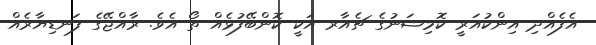
އެފެއްދި އިންކުއަރީ ކޮމިޝަނުގެ ޗެއާރ އަކީ ކޮންބޭފުޅެއް ތޯ އެވެ. ރާއްޖޭގެ ފަނޑިޔާރެއް